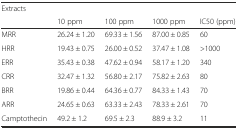
<table><thead><tr><td rowspan="2"><b>Extracts</b></td><td colspan="4"></td></tr><tr><td><b>10 ppm</b></td><td><b>100 ppm</b></td><td><b>1000 ppm</b></td><td><b>IC50 (ppm)</b></td></tr></thead><tbody><tr><td>MRR</td><td>26.24 ± 1.20</td><td>69.33 ± 1.56</td><td>87.00 ± 0.85</td><td>60</td></tr><tr><td>HRR</td><td>19.43 ± 0.75</td><td>26.00 ± 0.52</td><td>37.47 ± 1.08</td><td>&gt;1000</td></tr><tr><td>ERR</td><td>35.43 ± 0.38</td><td>47.62 ± 0.94</td><td>58.17 ± 1.20</td><td>340</td></tr><tr><td>CRR</td><td>32.47 ± 1.32</td><td>56.80 ± 2.17</td><td>75.82 ± 2.63</td><td>80</td></tr><tr><td>BRR</td><td>19.86 ± 0.44</td><td>64.36 ± 0.77</td><td>84.33 ± 1.43</td><td>70</td></tr><tr><td>ARR</td><td>24.65 ± 0.63</td><td>63.33 ± 2.43</td><td>78.33 ± 2.61</td><td>70</td></tr><tr><td>Camptothecin</td><td>49.2 ± 1.2</td><td>69.5 ± 2.3</td><td>88.9 ± 3.2</td><td>11</td></tr></tbody></table>